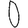
Digit: 0